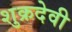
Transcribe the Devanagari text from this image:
शुक्रदेवी